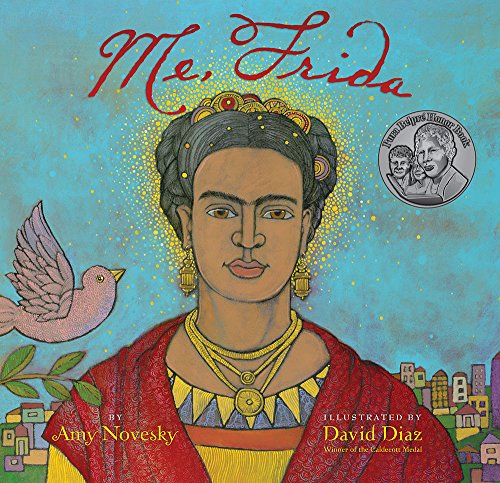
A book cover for Me, Frida; Amy Novesky; Children's Books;